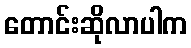
တောင်းဆိုလာပါက